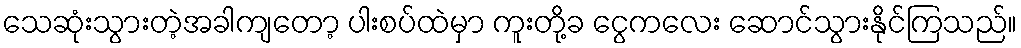
သေဆုံးသွားတဲ့အခါကျတော့ ပါးစပ်ထဲမှာ ကူးတို့ခ ငွေကလေး ဆောင်သွားနိုင်ကြသည်။